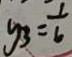
y _ { 3 } = \frac { 1 } { 6 }